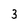
Character: 3